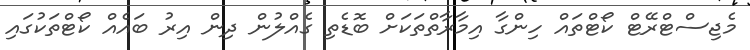
މެޖިސްޓްރޭޓް ކޯޓްތައް ހިންގާ އިމާރާތްތަކަށް ބޮޑެތި ގެއްލުން ދިން އިރު ބައެއް ކޯޓްތަކުގައި